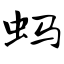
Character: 蚂